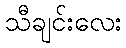
သီချင်းလေး